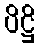
ပိဋ္ဌိ